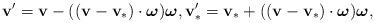
LaTeX: \begin{align*} \mathbf{v}^{\prime }=\mathbf{v}-((\mathbf{v}-\mathbf{v}_{\ast })\cdot\boldsymbol{\omega })\boldsymbol{\omega }, \mathbf{v}_{\ast }^{\prime }=\mathbf{v} _{\ast }+((\mathbf{v}-\mathbf{v}_{\ast })\cdot\boldsymbol{\omega })\boldsymbol{ \omega }, \end{align*}